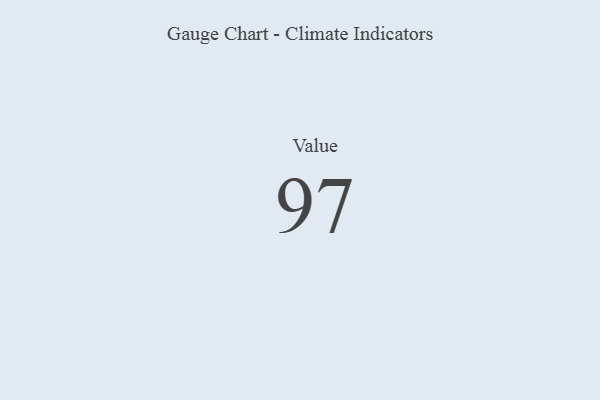
{"axis": {"x": "Metric", "y": "Value"}, "legend": [""], "data": [{"x": "Value", "y": 97, "type": ""}]}